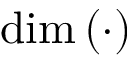
\dim \left( \cdot \right)